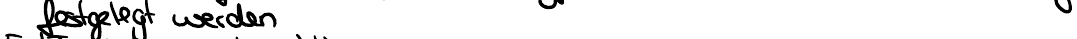
festgelegt werden